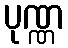
ပုဏ္ဏ